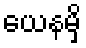
ယေနမှိ